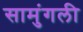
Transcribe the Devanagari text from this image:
सामुंगली